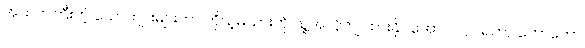
အသက်ကြီးတဲ့ ယောက်ျားများဟာ ကိုယ့်မယားကို သူ့အလိုကျ ထားနိုင်အောင် လုပ်ရတာ တော်တော်